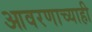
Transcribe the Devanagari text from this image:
आवरणाच्याही